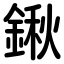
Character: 鍬